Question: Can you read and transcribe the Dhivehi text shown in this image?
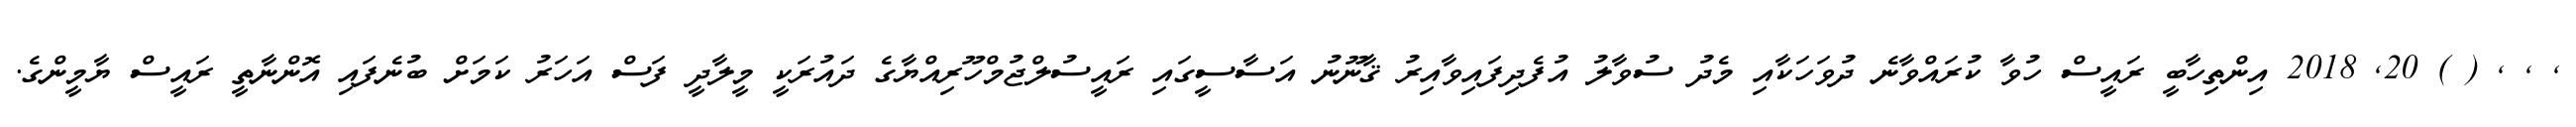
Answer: , , , ( ) 20, 2018 އިންތިހާބީ ރައީސް ހުވާ ކުރައްވާނެ ދުވަހަކާއި މެދު ސުވާލު އުފެދިފައިވާއިރު ޤާނޫނު އަސާސީގައި ރައީސުލްޖުމްހޫރިއްޔާގެ ދައުރަކީ މީލާދީ ފަސް އަހަރު ކަމަށް ބުނެފައި އޮންނާތީ ރައީސް ޔާމީންގެ.